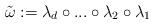
LaTeX: \begin{align*}\tilde{\omega}:=\lambda_d\circ...\circ\lambda_2\circ\lambda_1\end{align*}